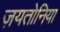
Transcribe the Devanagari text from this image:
ज़यतोनिया